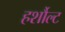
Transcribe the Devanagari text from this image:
हर्शौल्ट